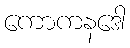
ကောကနဒေါ